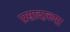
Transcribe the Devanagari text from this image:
प्रासादाच्या